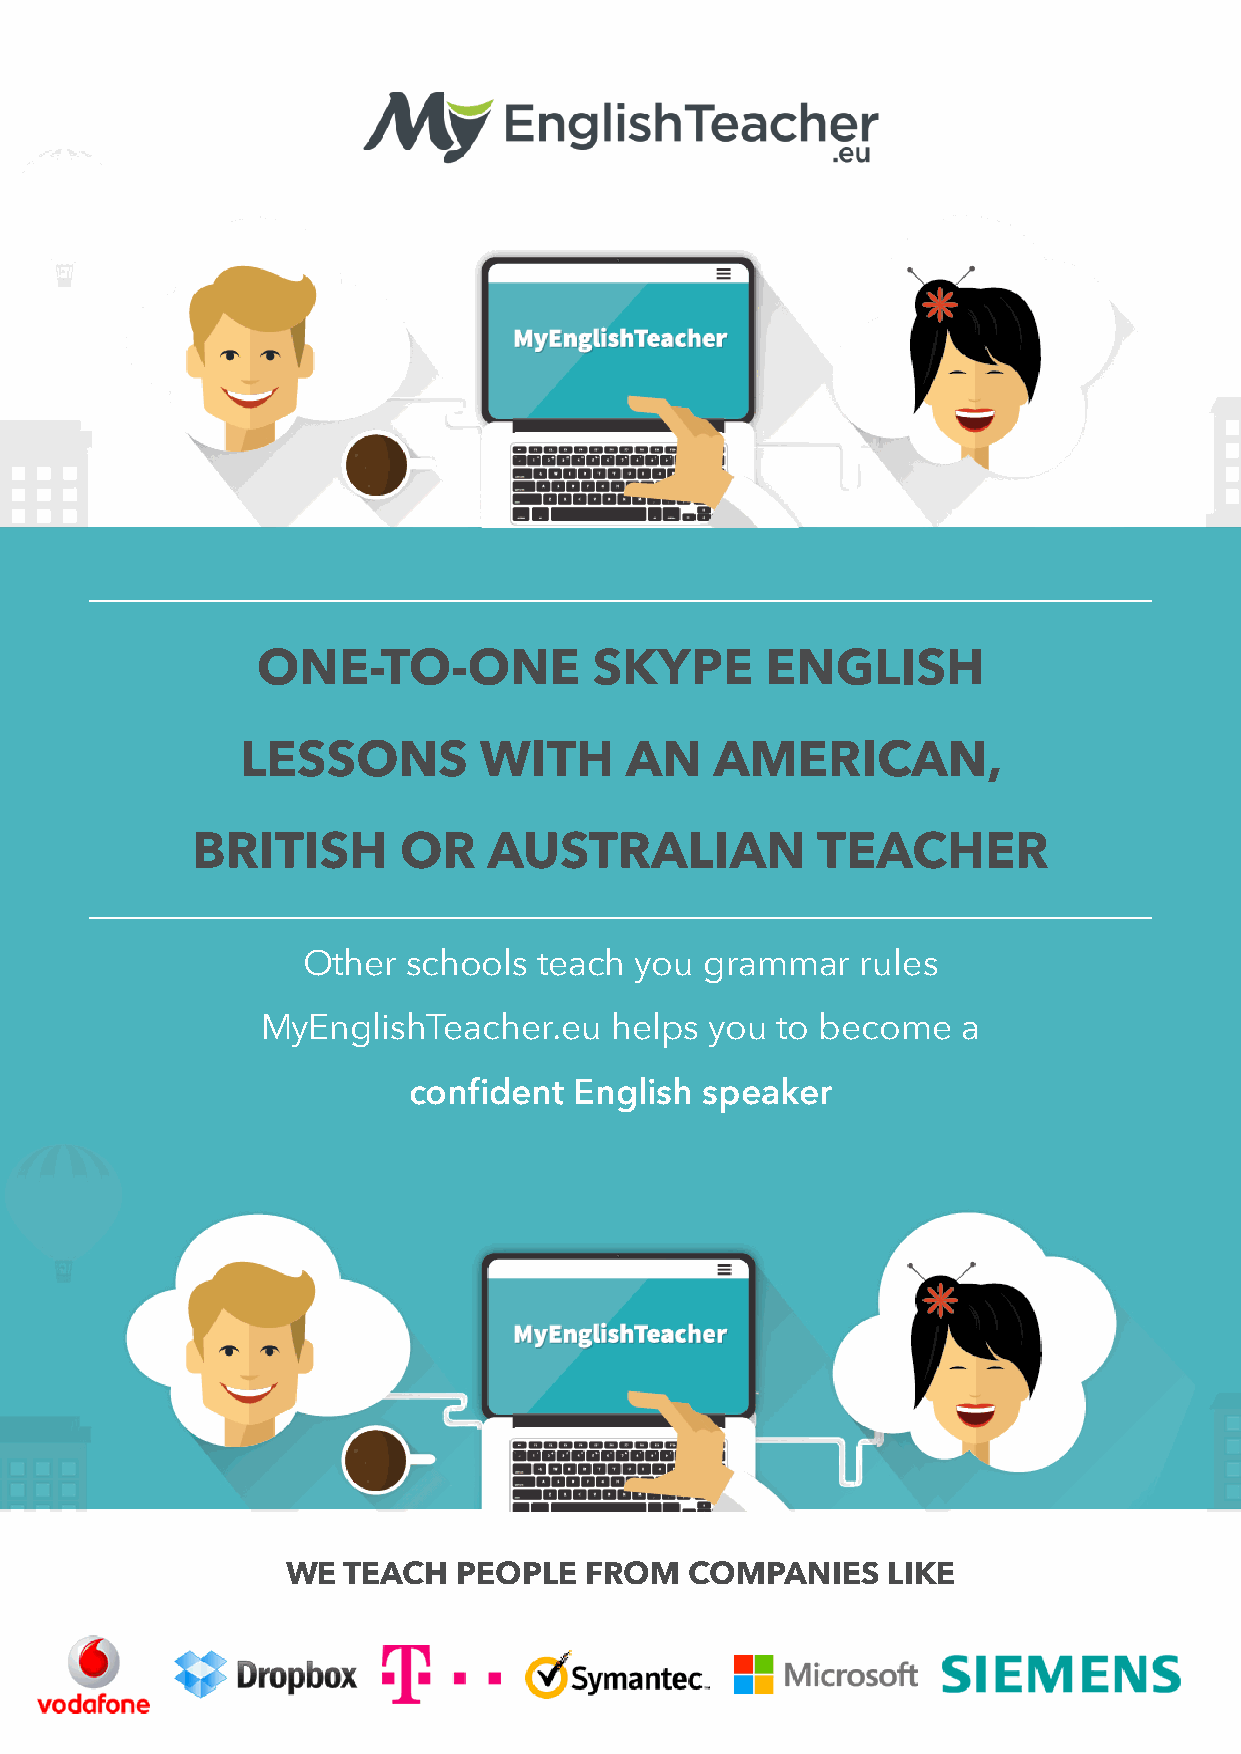
ONE-TO-ONE            SKYPE       ENGLISH
 LESSONS         WITH     AN    AMERICAN,
 BRITISH      OR    AUSTRALIAN            TEACHER
 Other  schools  teach you  grammar   rules
 MyEnglishTeacher.eu    helps  you to become    a
 confident  English speaker
 WE  TEACH  PEOPLE   FROM   COMPANIES    LIKE